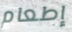
إطعام